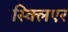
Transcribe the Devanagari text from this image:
स्क्लिएर